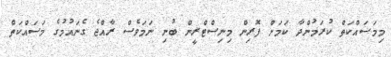
މިމަސައްކަތް ކުރަމުންދާ ކަމަށް ފޮރިން މިނިސްޓްރީން ބުނި ނަމަވެސް ރާއްޖެ ގެނައުމުގެ މަސައްކަތް